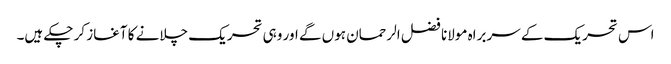
اس تحریک کے سربراہ مولانا فضل الرحمان ہوں گے اور وہی تحریک چلانے کا آغاز کر چکے ہیں۔